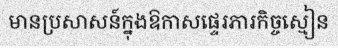
មានប្រសាសន៍ក្នុងឱកាសផ្ទេរភារកិច្ចស្មៀន